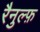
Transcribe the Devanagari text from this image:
रैनुल्फ़